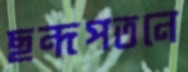
ছন্দপতনে